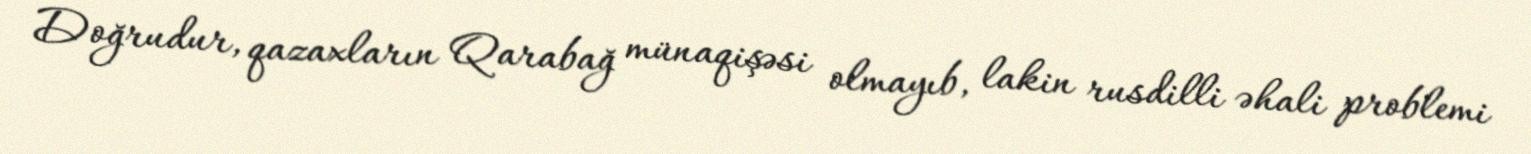
Doğrudur, qazaxların Qarabağ münaqişəsi olmayıb, lakin rusdilli əhali problemi